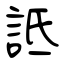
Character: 詆